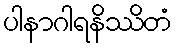
ပါနာဂါရနိဿိတံ